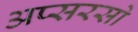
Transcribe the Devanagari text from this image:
अप्सरसो